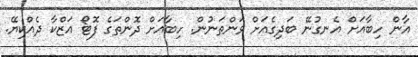
އާން ހިބާއަށް އެނގުނޭ ބަދިގެއަށް ވަންތަނުން. ހިބާއަށް ދޮންތަގެ ފޮޓޯ އަޒްކާ ދެއްކިޔޭ.